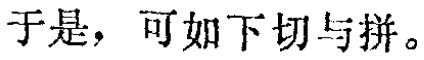
于是，可如下切与拼。